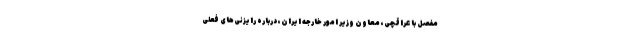
مفصل با عراقچی، معاون وزیر امور خارجه ایران، درباره رایزنی‌های فعلی